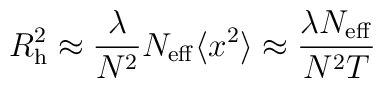
R_{\rm h}^2 \approx {\lambda \over N^2} N_{\rm eff} \langle x^2 \rangle\approx {\lambda N_{\rm eff} \over N^2 T}